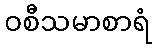
ဝစီသမာစာရံ